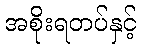
အစိုးရတပ်နှင့်